Sanitation, dispensaries and jails vaccination Rajputana 1922-1927 - 1922-1927
Year: 1922
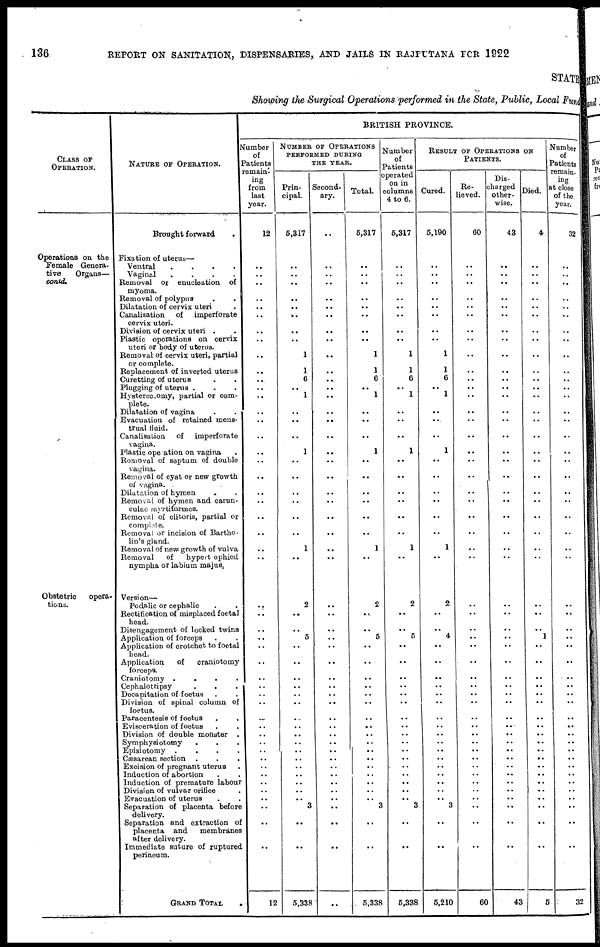
136
REPORT ON SANITATION, DISPENSARIES, AND JAILS IN RAJPUTANA FOR 1922
STATE
Showing the Surgical Operations performed in the State, Public, Local Fund
CLASS OF
OPERATION.
Operations on the
Female Genera-
tive
Organs—
contd.
Obstetric
opera-
tions.
NATURE OF OPERATION.
Brought forward
.
Fixation of uterus—
Ventral
.
.
.
.
Vaginal
.
.
.
.
Removal or enucleation of
myoma.
Removal of polypus
.
.
Dilatation of cervix uteri .
Canalisation of
imperforate
cervix uteri.
Division of cervix uteri .
Plastic operations on cervix
uteri or body of uterus.
Removal of cervix uteri, partial
or complete.
Replacement of inverted uterus
Curetting of uterus . .
Plugging of uterus .
Hysterectomy, partial or com-
plete.
Dilatation of vagina . .
Evacuation of retained mens-
trual fluid.
Canalisation
of
imperforate
vagina.
Plastic operation on vagina .
Romoval of septum of double
vagina.
Removal of cyst or new growth
of vagina.
Dilatation of hymen . .
Removal of hymen and carun¬
culae myrtiformes.
Removal of clitoris, partial or
complete.
Removal or incision of Bartho¬
lin's gland.
Removal of new growth of vulva
Removal
of
hypert ophied
nympha or labium majus.
Version—
Podalic or cephalic . .
Rectification of misplaced foetal
head.
Disengagement of locked twins
Application of forceps . .
Application of crotchet to foetal
head.
Application
of
craniotomy
forceps.
Craniotomy .
.
.
.
Cephalotripsy . . .
Decapitation of foetus . .
Division of spinal column of
foetus.
Paracentesis of foetus . .
Evisceration of foetus . .
Division of double monster .
Symphysiotomy . . .
Episiotomy .
.
.
.
Cæsarean section . . .
Excision of pregnant uterus .
Induction of abortion . .
Induction of premature labour
Division of vulvar orifice .
Evacuation of uterus . .
Separation of placenta before
delivery.
Separation and extraction of
placenta and
membranes
after delivery.
Immediate suture of ruptured
perineum.
GRAND TOTAL
.
BRITISH PROVINCE.
Number
of
Patients
remain¬
ing
from
last
year.
12
..
..
..
..
..
..
..
..
..
..
..
..
..
..
..
..
..
..
..
..
..
..
..
..
..
..
..
..
..
..
..
..
..
..
..
..
..
..
..
..
..
..
..
..
..
..
..
..
..
..
12
NUMBER OF OPERATIONS
PERFORMED DURING
THE YEAR.
Prin-
cipal.
5,317
..
..
..
..
..
..
..
..
..
1
1
6
..
1
..
..
..
1
..
..
..
..
..
..
1
..
2
..
.. 5
..
..
..
..
..
..
...
..
..
..
..
..
..
..
..
..
..
3
..
..
5,338
Second-
ary.
..
..
..
..
..
..
..
..
..
..
..
..
...
..
..
..
..
..
..
..
..
..
..
..
..
..
..
..
..
..
..
..
..
..
..
..
..
..
..
..
..
..
..
..
..
..
..
..
..
..
..
..
Total.
5,317
..
..
..
..
..
..
..
..
..
1
1
6
..
1
..
..
..
1
..
..
..
..
..
..
1
..
2
..
.. 5
..
..
..
..
..
..
..
..
..
..
..
..
..
..
..
..
..
3
..
..
5,338
Number
of
Patients
operated
on in
columns
4 to 6.
5,317
..
..
..
..
..
..
..
..
..
1
1
6
..
1
..
..
..
1
..
..
..
..
..
..
1
..
2
..
.. 5
..
..
..
..
..
..
..
..
..
..
..
..
..
..
..
..
..
3
..
..
5,338
RESULT OF OPERATIONS ON
PATIENTS.
Cured.
5,190
..
..
..
..
..
..
..
..
..
1
1
6
..
1
..
...
..
1
..
..
..
..
..
..
1
..
2
..
.. 4
..
..
..
..
..
..
..
..
..
..
..
..
..
..
..
..
..
3
..
..
5,210
Re¬
lieved.
60
..
..
..
..
..
..
..
..
..
..
..
..
..
..
..
..
..
..
..
..
..
..
..
..
..
..
..
..
..
..
..
..
..
..
..
..
..
..
..
..
..
..
..
..
..
..
..
..
..
..
60
Dis¬
harged
other¬
wise.
43
..
..
..
..
..
..
..
..
..
..
..
..
..
..
..
..
..
..
..
..
..
..
..
..
..
..
..
..
..
..
..
..
..
..
..
..
..
..
..
..
..
..
..
..
..
..
..
..
..
..
43
Died.
4
..
..
...
..
..
..
..
..
..
..
..
..
..
..
..
..
..
..
..
..
..
..
..
..
..
..
..
..
.. 1
..
..
..
..
..
..
..
..
..
..
..
..
..
..
..
..
..
..
..
..
5
Number
of
Patients
remain¬
ing
at close
of the
year.
32
..
..
..
..
..
..
..
..
..
..
..
..
..
..
..
..
..
..
..
..
..
..
..
..
..
..
..
..
..
..
..
..
..
..
..
..
..
..
..
..
..
..
..
..
..
..
..
..
..
..
32